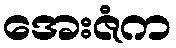
အေးဇံက